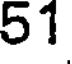
51